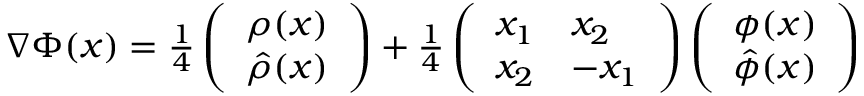
\begin{array} { r } { \nabla \Phi ( x ) = \frac 1 4 \left( \begin{array} { l } { \rho ( x ) } \\ { \hat { \rho } ( x ) } \end{array} \right) + \frac 1 4 \left( \begin{array} { l l } { x _ { 1 } } & { x _ { 2 } } \\ { x _ { 2 } } & { - x _ { 1 } } \end{array} \right) \left( \begin{array} { l } { \phi ( x ) } \\ { \hat { \phi } ( x ) } \end{array} \right) } \end{array}